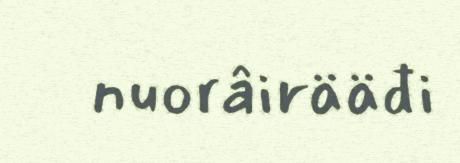
nuorâirääđi